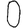
Digit: 0